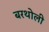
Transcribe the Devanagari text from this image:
बरथोली